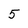
Character: 5